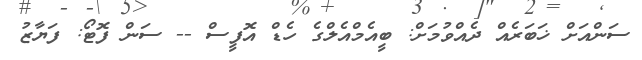
ސަންއަށް ޚަބަރެއް ދެއްވުމަށް: ބީއެމްއެލްގެ ހެޑް އޮފީސް -- ސަން ފޮޓޯ: ފަޔާޒު